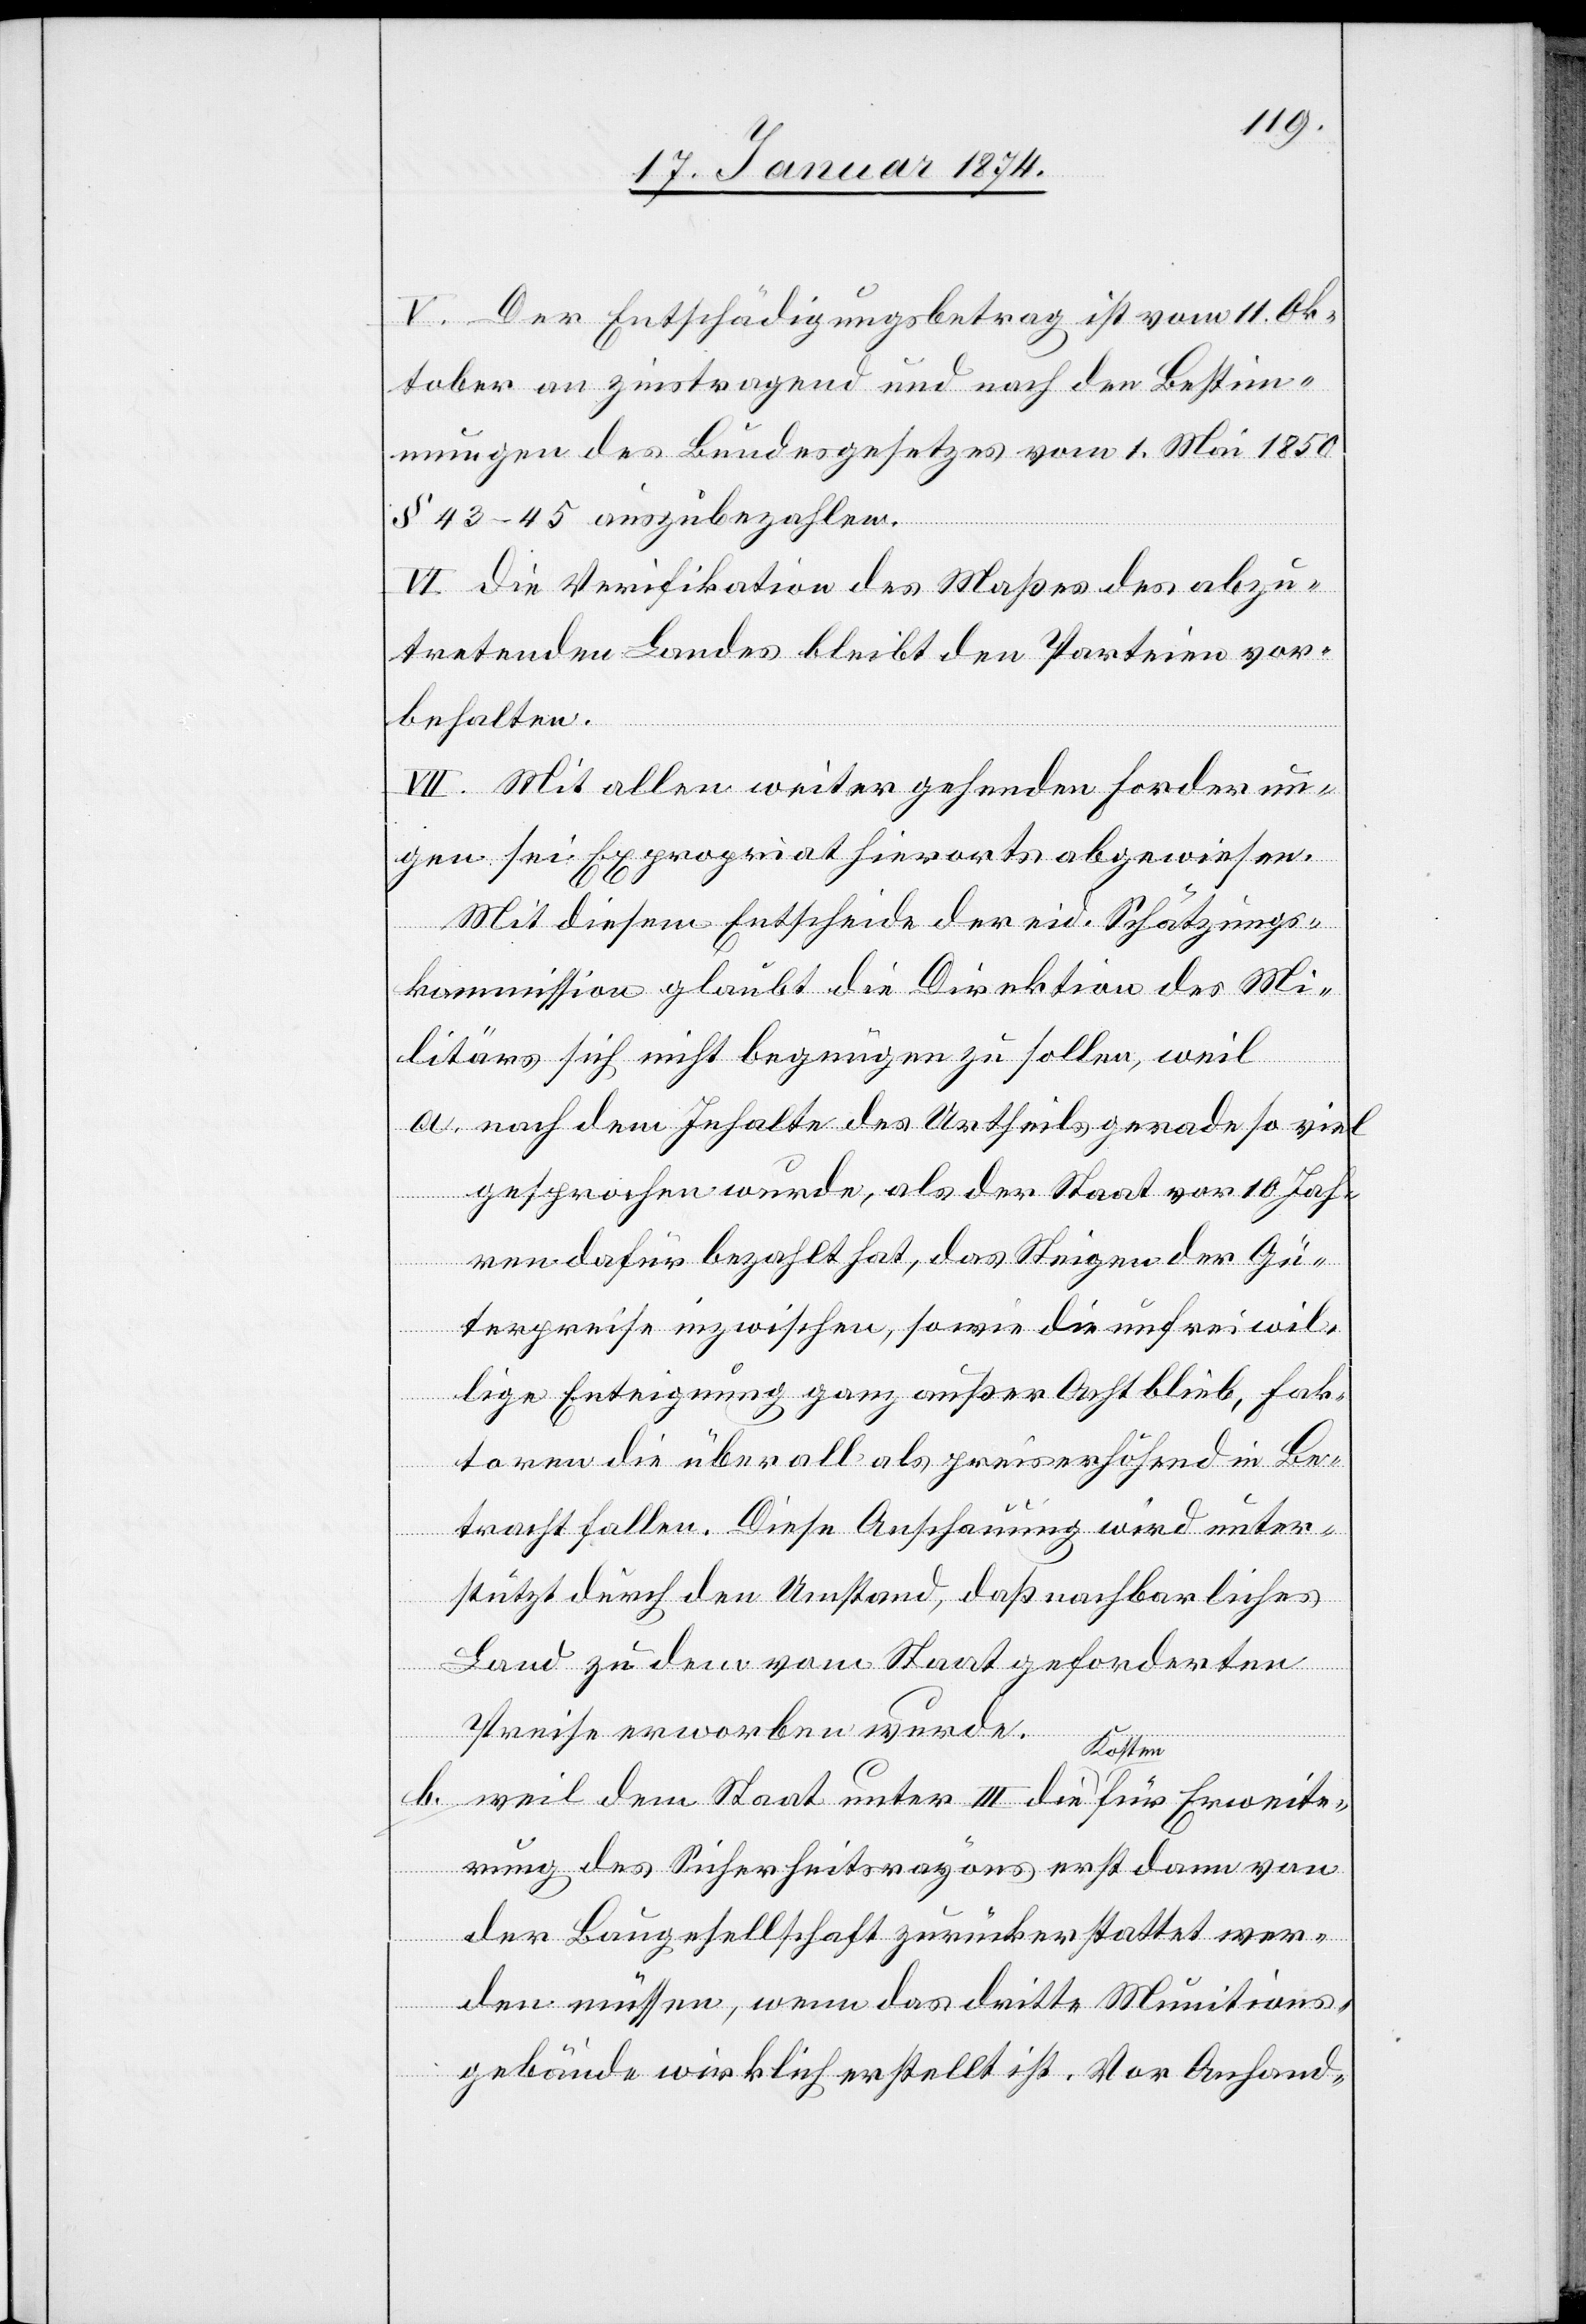
V. Der Entschädigungsbetrag ist vom 11. Ok¬
tober an zinstragend und nach den Bestim¬
mungen des Bundesgesetzes vom 1. Mai 1850
§ 43–45 auszubezahlen.
VI. Die Verifikation des Maßes des abzu¬
tretenden Landes bleibt den Parteien vor¬
behalten.
VII. Mit allen weiter gehenden Forderun¬
gen sei Expropriat hierorts abgewiesen.
Mit diesem Entscheide der eid. Schätzungs¬
kommission glaubt die Direktion des Mi¬
litärs sich nicht begnügen zu sollen, weil
a. nach dem Inhalte des Urtheils gerade so viel
gesprochen wurde, als der Staat vor 10 Jah¬
ren dafür bezahlt hat, das Steigen der Gü¬
terpreise inzwischen, so wie die unfreiwil¬
lige Enteignung ganz außer Acht blieb, Fak¬
toren die überall als preiserhöhend in Be¬
tracht fallen. Diese Anschauung wird unter¬
stützt durch den Umstand, daß nachbarliches
Land zu dem vom Staat geforderten
Preise erworben wurde.
b. weil dem Staat unter III die Kosten für Erweite¬
rung des Sicherheitsrayons erst dann von
der Baugesellschaft zurückerstattet wer¬
den müssen, wenn das dritte Munitions¬
gebäude wirklich erstellt ist. Vor Anhand-